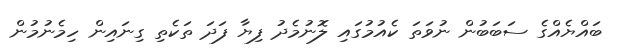
ބައްޔެއްގެ ސަބަބުން ނުވަތަ ކެއުމުގައި ލޮނުމެދު ފިޔާ ފަދަ ތަކެތި ގިނައިން ހިމެނުމުން